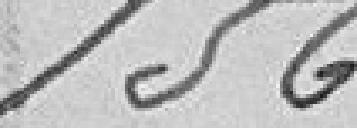
156